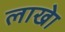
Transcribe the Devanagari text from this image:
लाखेा